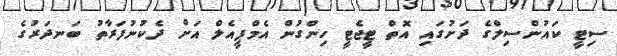
ސިޓީ ކައުންސިލްގެ ދަށުގައި އޮތް ޓީޖެޓީ ހިންގުން އެމްޕީއެލް އަށް ދެކުނުފަރާތު ބަނދަރުގެ